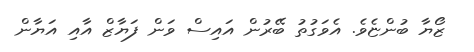
ޒޯޔާ ބުންޏެވެ. އެވަގުތު ބޭރުން އައިސް ވަން ފަޔާޒް އާއި އަޔާން